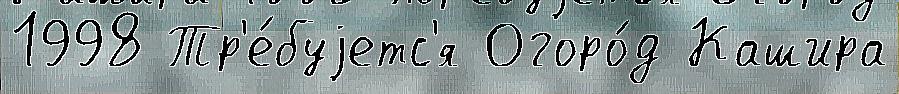
1998 Тр'е́буjетс'я Огоро́д Кашира